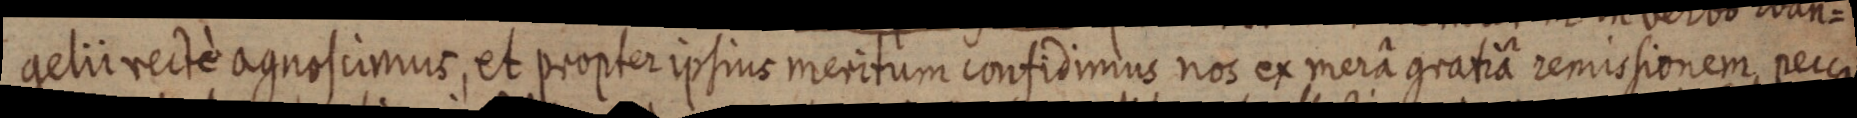
gelii recte agnoscimus, et propter ipsius meritum confidimus nos ex merâ gratiâ remissionem, pecca